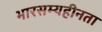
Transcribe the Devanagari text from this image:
भारसम्यहीनता